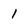
Character: I